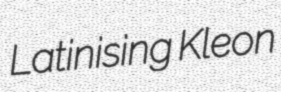
Latinising Kleon